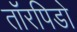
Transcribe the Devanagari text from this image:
तॉरपिडो